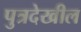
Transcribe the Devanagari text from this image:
पुत्रदेखील